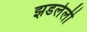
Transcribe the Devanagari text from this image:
झडलेली